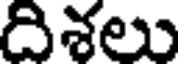
దిశలు